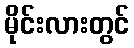
မိုင်းလားတွင်